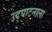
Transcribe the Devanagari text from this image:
उद्‌घाटनाला